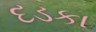
દડકા